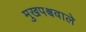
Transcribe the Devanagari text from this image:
मुखपश्चवाले